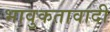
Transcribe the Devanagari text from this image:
भावुकतावादी